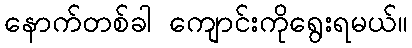
နောက်တစ်ခါ ကျောင်းကိုရွေးရမယ်။